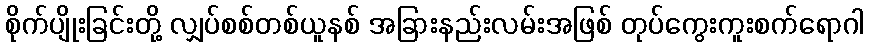
စိုက်ပျိုးခြင်းတို့ လျှပ်စစ်တစ်ယူနစ် အခြားနည်းလမ်းအဖြစ် တုပ်ကွေးကူးစက်ရောဂါ